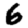
Digit: 6